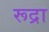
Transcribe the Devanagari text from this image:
रूद्रा